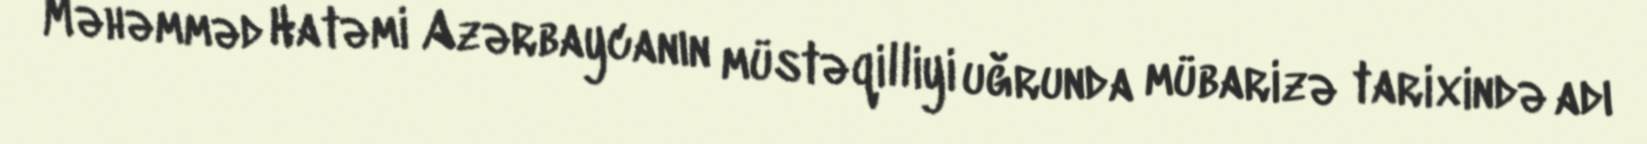
Məhəmməd Hatəmi Azərbaycanın müstəqilliyi uğrunda mübarizə tarixində adı